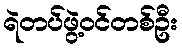
ရဲတပ်ဖွဲ့ဝင်တစ်ဦး